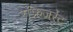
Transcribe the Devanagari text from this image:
रेफ्रिजरेंट